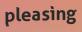
pleasing